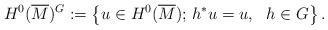
LaTeX: \begin{align*}H^0(\overline{M})^G := \left\{ u \in H^0(\overline{M});\, h^*u =u,~~h \in G \right\}.\end{align*}